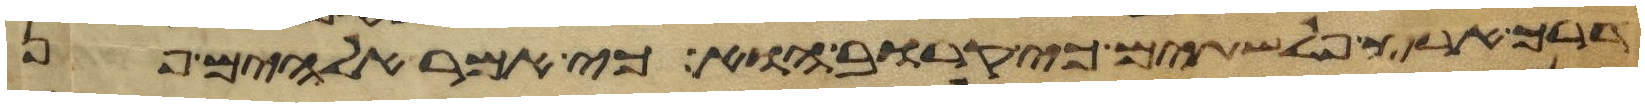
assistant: דרך ארץ פלשתים כי קרוב הוא כי אמר אלהים פן